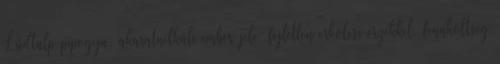
Lúdtalp pipogya, akaratnélküli ember jele, fejletlen erkölcsi érzékkel, fennköltség